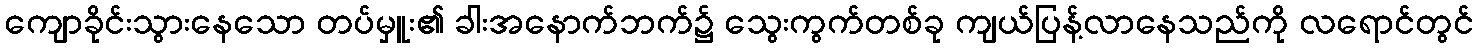
ကျောခိုင်းသွားနေသော တပ်မှူး၏ ခါးအနောက်ဘက်၌ သွေးကွက်တစ်ခု ကျယ်ပြန့်လာနေသည်ကို လရောင်တွင်